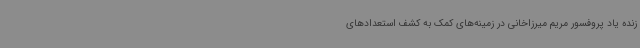
زنده یاد پروفسور مریم میرزاخانی در زمینه‌های کمک به کشف استعدادهای